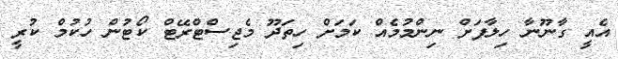
އެއީ ގާނޫނާ ހިލާފަށް ނިންމުމެއް ކަމަށް ހިތަދޫ މެޖިސްޓްރޭޓް ކޯޓުން ހުކުމް ކުރީ